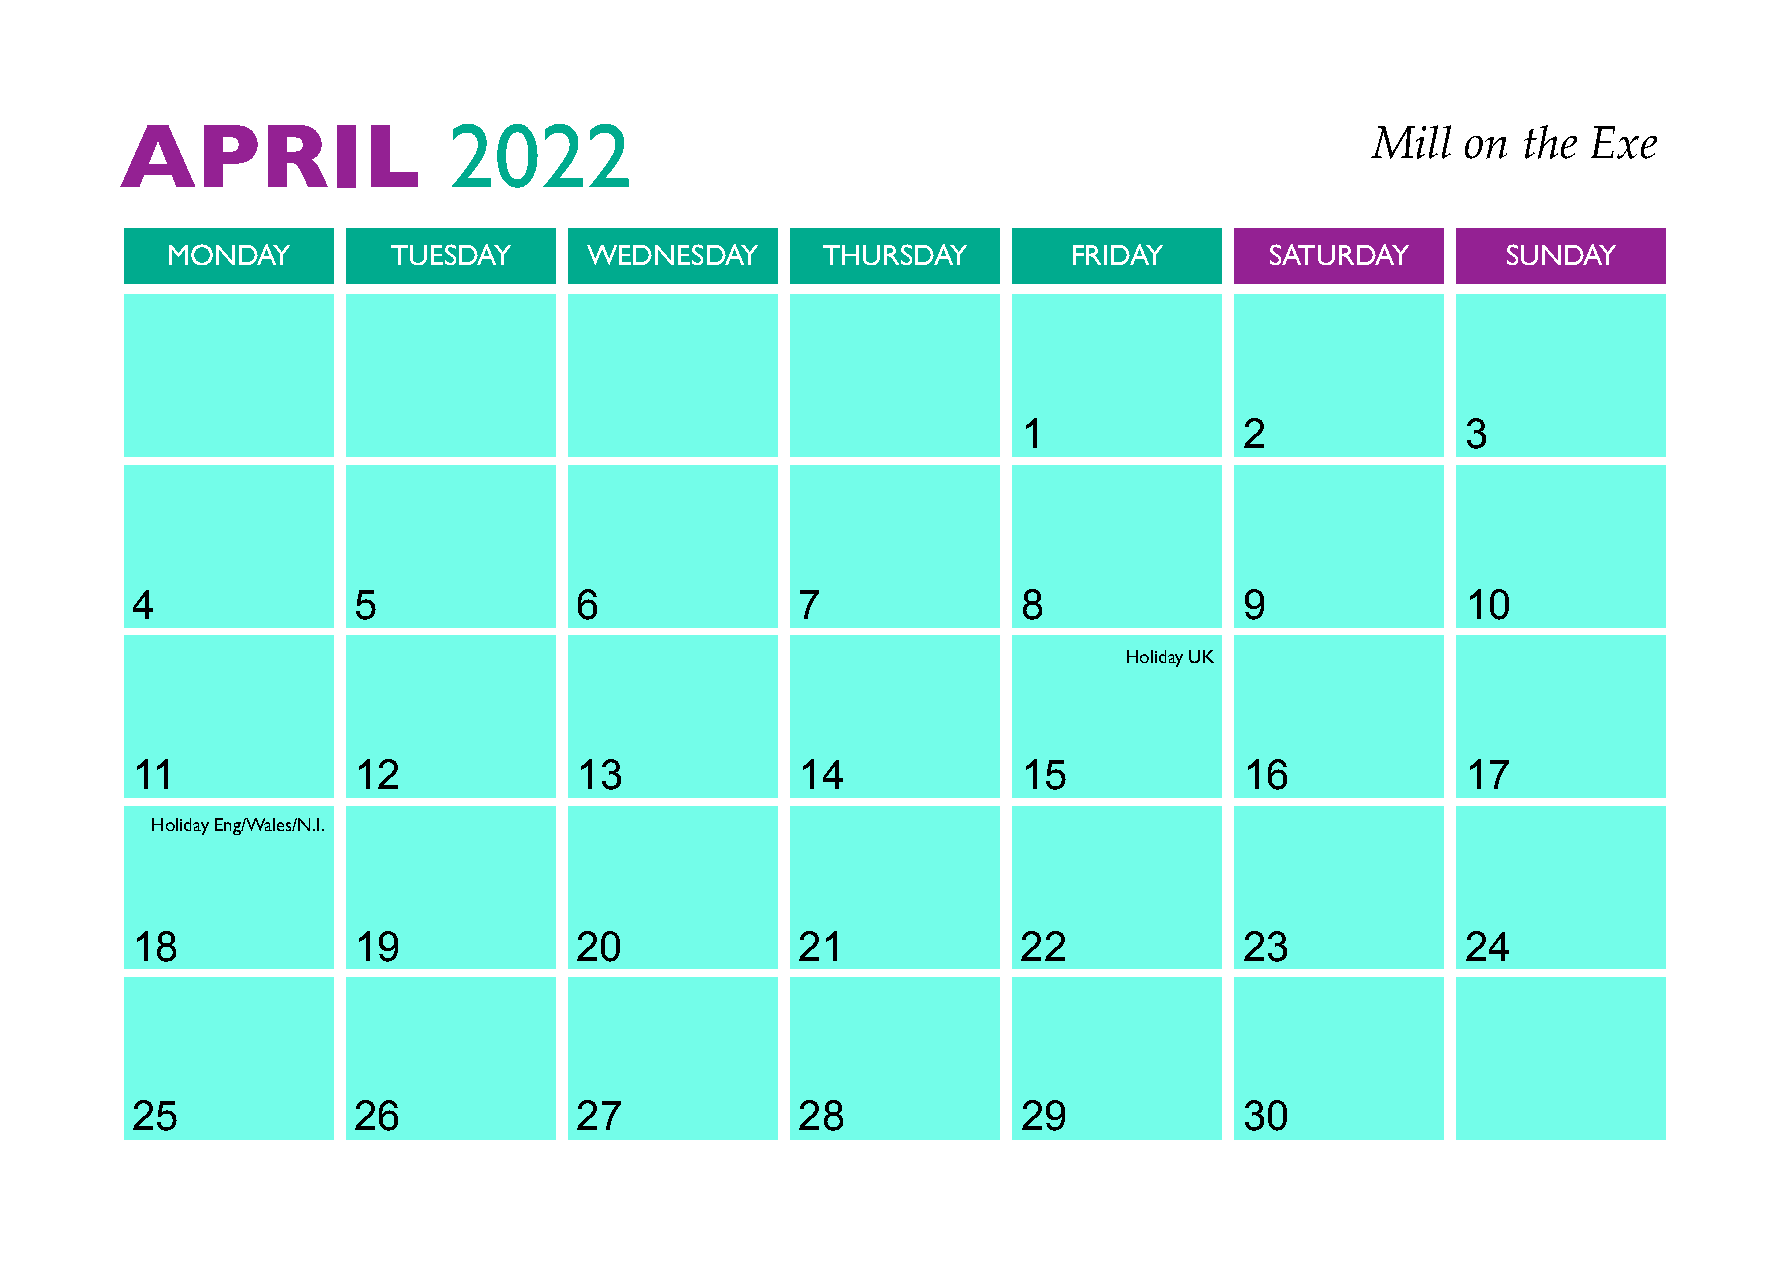
APRIL                 2022
 Mill  on  the Exe
 MONDAY         TUESDAY      WEDNESDAY      THURSDAY         FRIDAY       SATURDAY        SUNDAY
 1             2              3
 4             5              6              7              8             9              10
 Holiday UK
 11            12             13             14             15            16             17
 Holiday Eng/Wales/N.I.
 18            19             20             21             22            23             24
 25            26             27             28             29            30